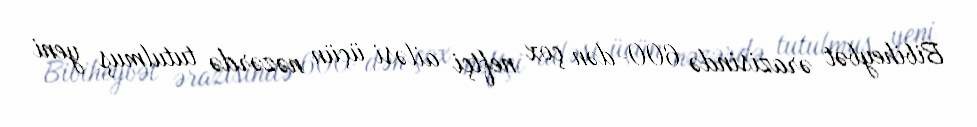
Bibiheybət ərazisində 600-dən çox neftçi ailəsi üçün nəzərdə tutulmuş yeni